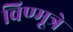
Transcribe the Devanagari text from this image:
विण्मूत्रे